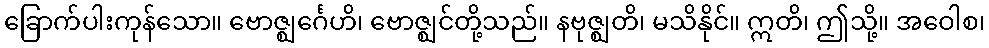
ခြောက်ပါးကုန်သော။ ဗောဇ္ဈင်္ဂေဟိ၊ ဗောဇ္ဈင်တို့သည်။ နဗုဇ္ဈတိ၊ မသိနိုင်။ ဣတိ၊ ဤသို့။ အဝေါစ၊